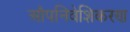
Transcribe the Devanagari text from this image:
औपनिवेशिकरण